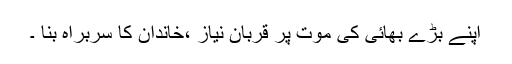
اپنے بڑے بھائی کی موت پر قربان نیاز ،خاندان کا سربراہ بنا ۔